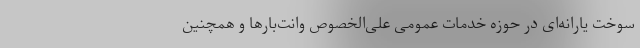
سوخت یارانه‌ای در حوزه خدمات عمومی علی‌الخصوص وانت‌بارها و همچنین